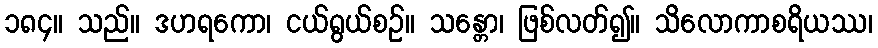
၁၈၄။ သည်။ ဒဟရကော၊ ငယ်ရွယ်စဉ်။ သန္တော၊ ဖြစ်လတ်၍။ သိလောကာစရိယဿ၊